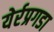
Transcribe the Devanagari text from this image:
येर्रप्रगडा